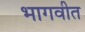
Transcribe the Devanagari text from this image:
भागवीत